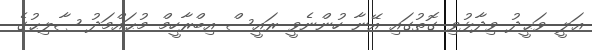
ޢަލީ ވަޙީދު ވިދާޅުވި ގޮތުގައި އޭނާ ހުންނެވީ ރައީސް އިބްރާހީމް މުޙައްމަދު ޞާލިޙުގެ